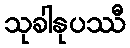
သုခါနုပဿီ